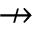
\nrightarrow